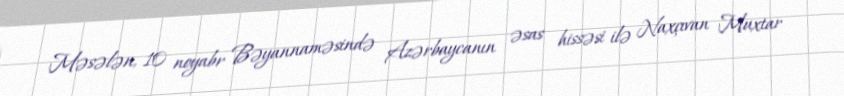
Məsələn, 10 noyabr Bəyannaməsində Azərbaycanın əsas hissəsi ilə Naxçıvan Muxtar